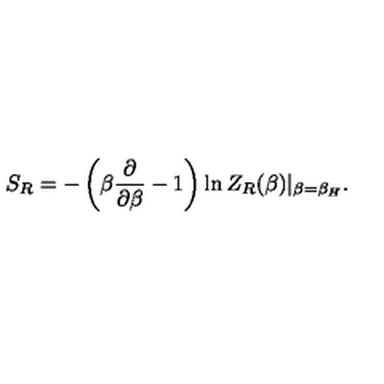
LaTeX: S _ { R } = - \left( \beta { \frac { \partial } { \partial \beta } } - 1 \right) \ln Z _ { R } ( \beta ) | _ { \beta = \beta _ { H } } .